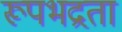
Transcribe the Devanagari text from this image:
रूपभद्रता